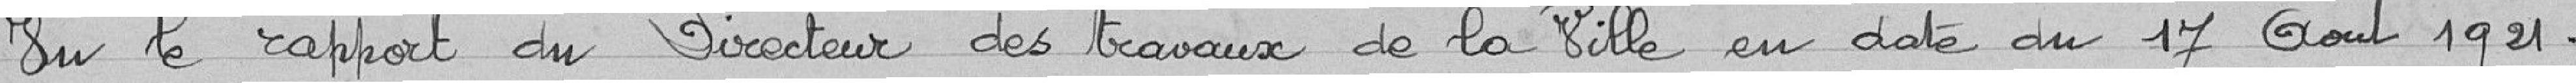
Vu le rapport du Directeur de la Ville en date du 17 Août 1921